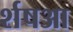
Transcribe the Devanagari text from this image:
र्शषआ